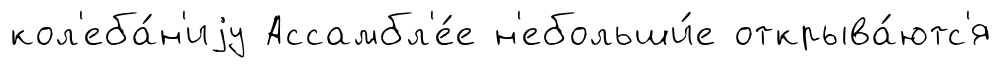
кол'еба́н'иjу Ассамбл'е́е н'ебольши́е открыва́ютс'я